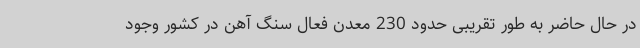
در حال حاضر به طور تقریبی حدود 230 معدن فعال سنگ آهن در کشور وجود